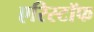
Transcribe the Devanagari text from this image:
एरिस्टॉफ